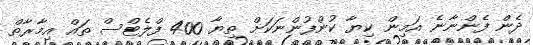
ދެން ފެންނާނެ އަމިން ކިޔާ ކުންފުންނަކަށް ތިޔާ 400 ފްލެޓްސް ތައް އިމާރާތް